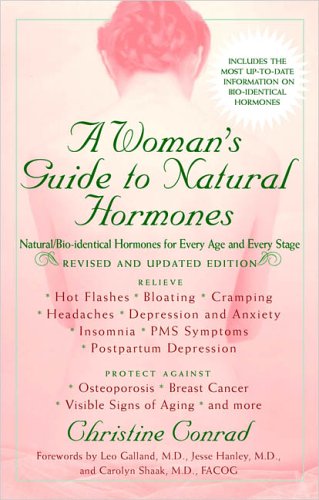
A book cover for Woman's Guide to Natural Hormones, A (Revised); Christine Conrad; Health, Fitness & Dieting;